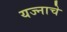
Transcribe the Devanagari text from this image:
यज्नाचे